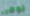
لومي